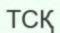
ТСҚ